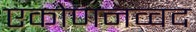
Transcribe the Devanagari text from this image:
एकोणनव्वद